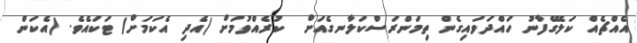
އެއްޗެއް ކަލޭގެފާނު ހައްދަވައިގެން ތިމަންރަސްކަލާނގެއަށް  ކުރެއްވުމަށް (އެދި އެކަމަށް) ޓަކައެވެ. (އެކަން